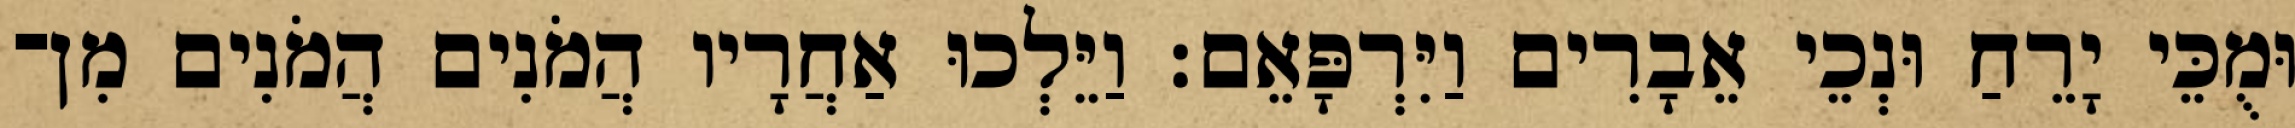
וּמֻכֵּי יָרֵחַ וּנְכֵי אֵבָרִים וַיִּרְפָּאֵם׃ וַיֵּלְכוּ אַחֲרָיו הֲמֹנִים הֲמֹנִים מִן־